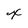
Character: x